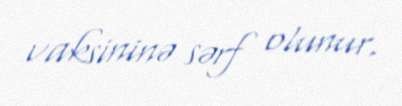
vaksininə sərf olunur.